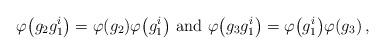
LaTeX: \begin{align*} \varphi \big( g_2 g^{i}_1 \big) = \varphi (g_2) \varphi \big( g^{i}_1 \big) \mbox{ and } \varphi \big( g_3 g^{i}_1 \big) = \varphi \big( g^{i}_1 \big) \varphi (g_3) \,,\end{align*}